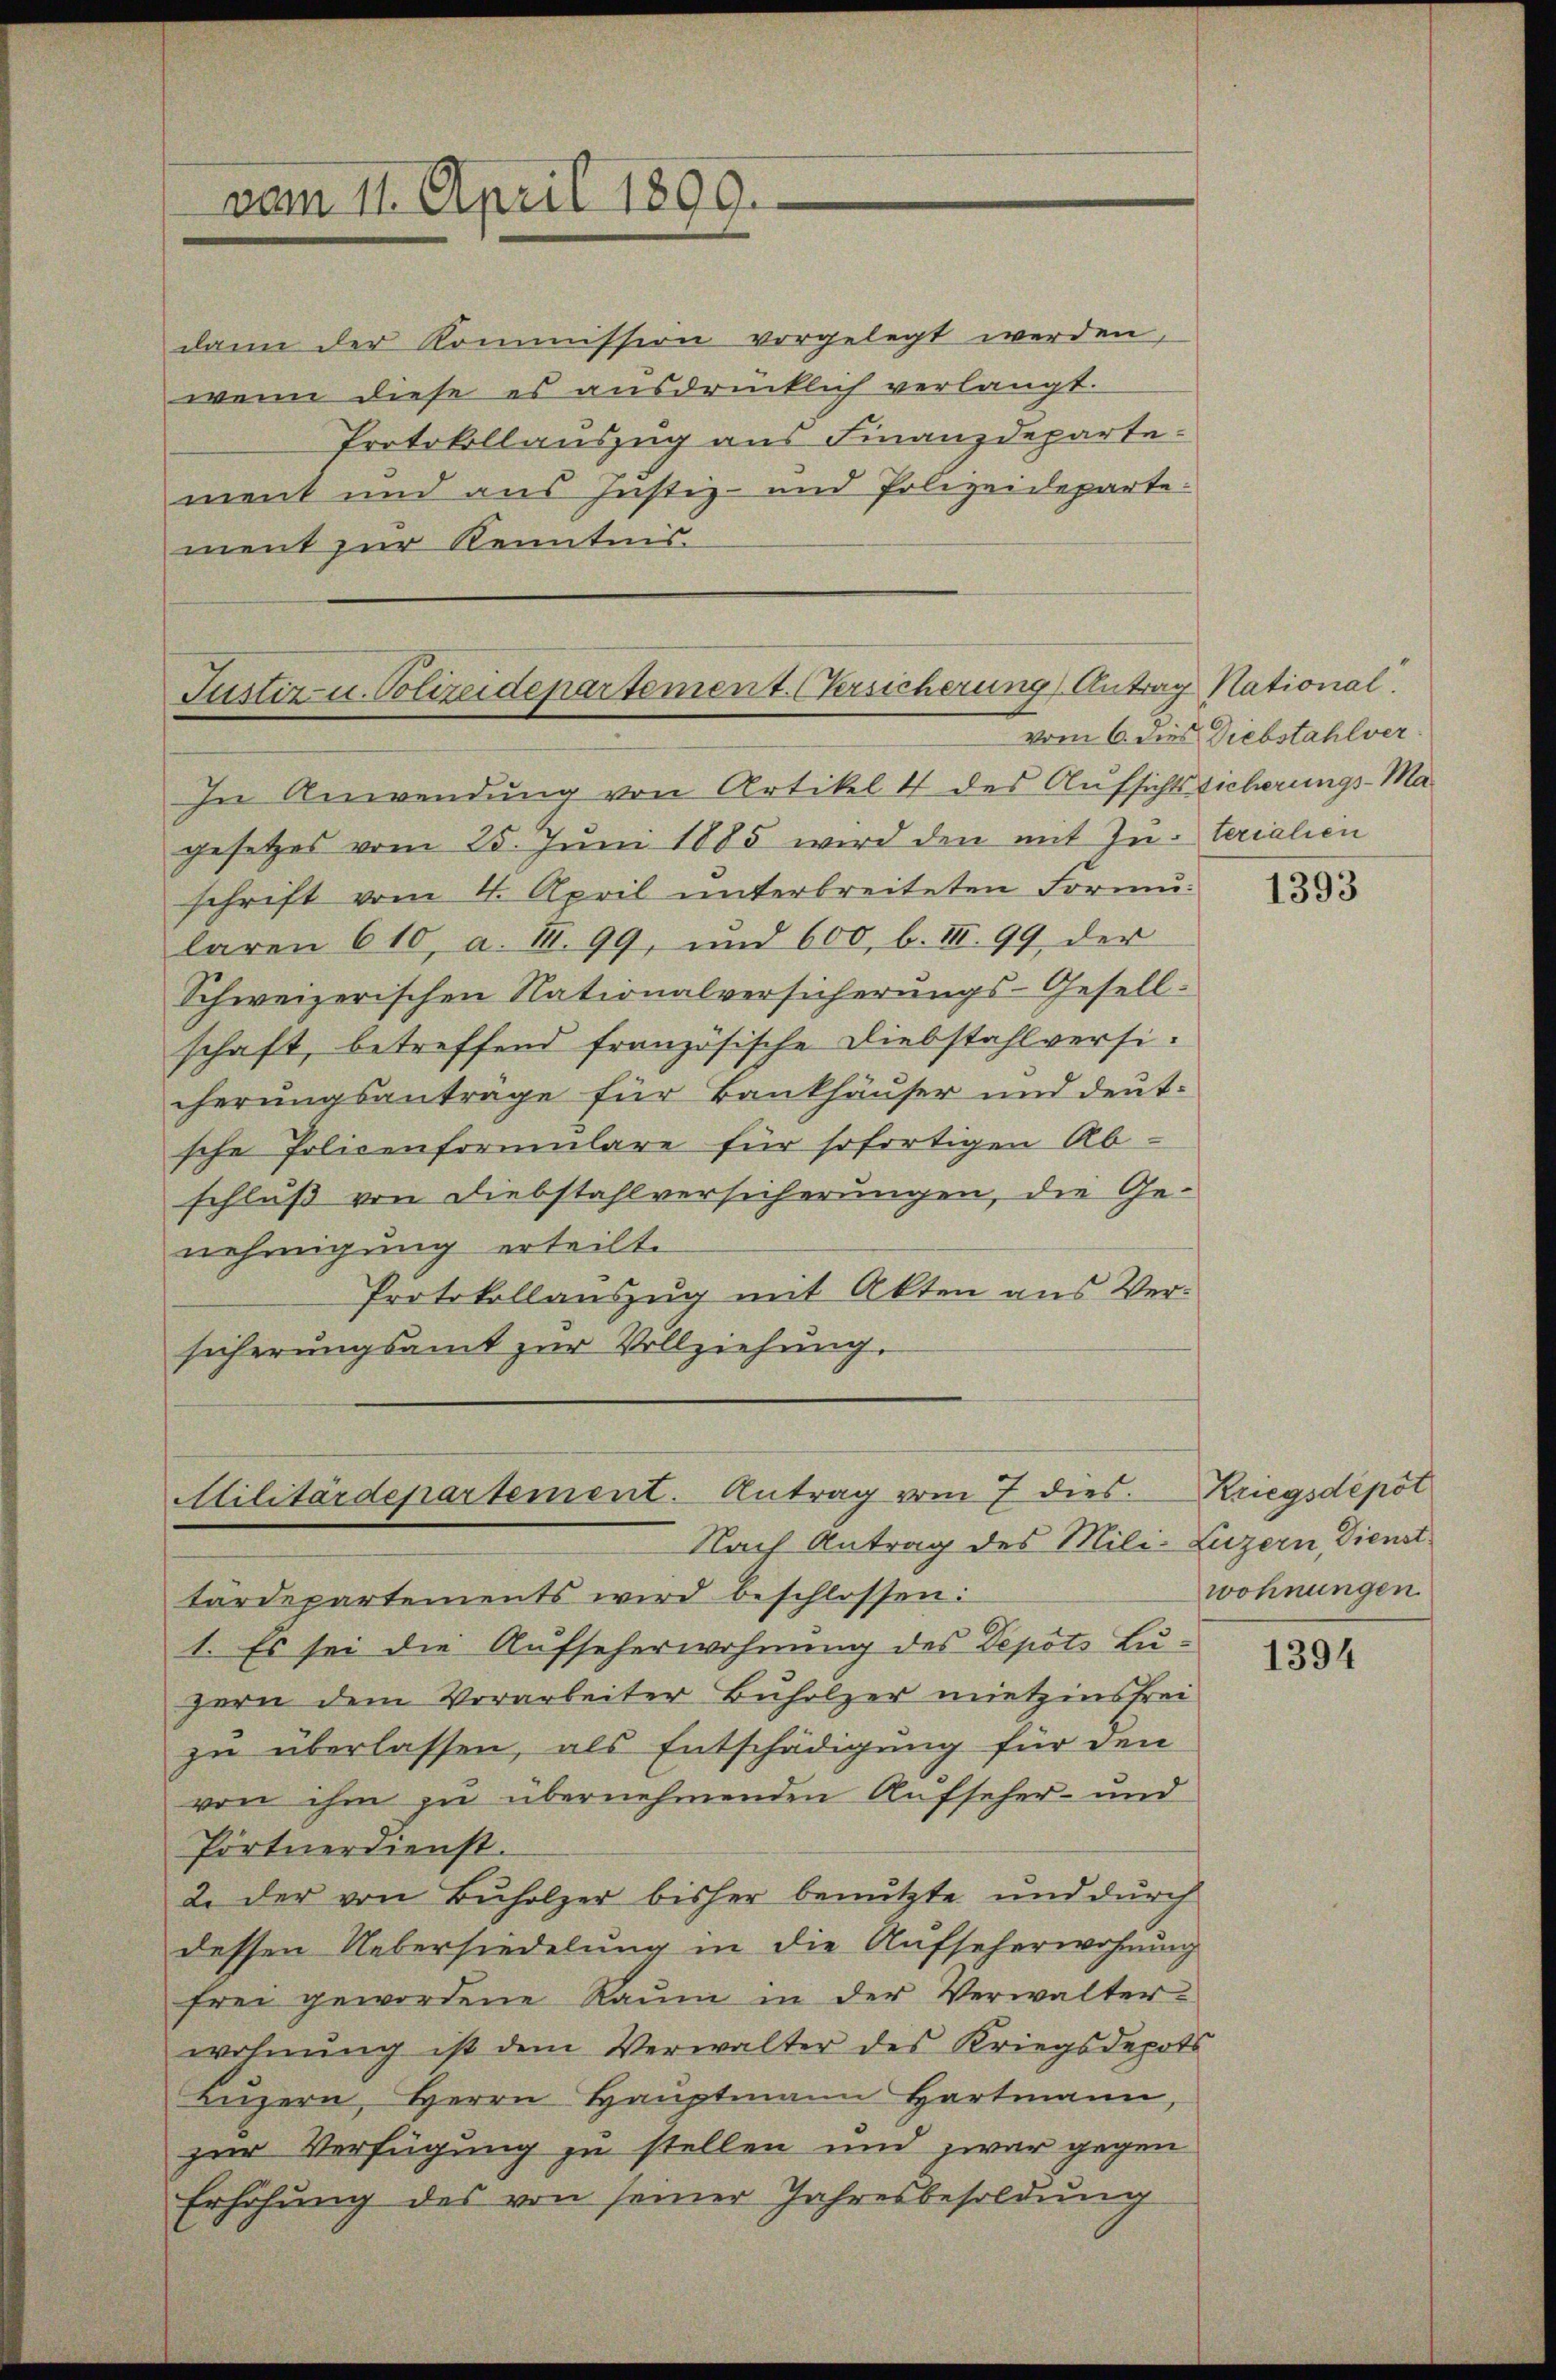
vom 11. April 1899.

dann der Kommission vorgelegt werden,
wenn diese es ausdrücklich verlangt.
Protokollauszug aus Finanzdepartement und aus Justiz- und Polizeideparte:
ment zur Kenntnis.

Justiz- u. Polizeidepartement. (Versicherung Antrag National.
In Anwendung von Artikel 4 des Aufsichtssicherungs-Ma-

gesetzes vom 25. Juni 1885 wird den mit Zu- terialien
schrift vom 4. April unterbreiteten Formularen 610, a. III. 99, und 600, b. III. 99 der
Schweizerischen Nationalversicherŭngs-Gesell-
schaft, betreffend französische Diebstahlversicherungsantrage für Bankhäuser und deutsche Policenformulare für sofortigen Ab
schluß von Diebstahlversicherungen, die Genehmigung erteilte
Protokollauszug mit Akten aus Versicherungsamt zur Vollziehung.

Militärdepartement. Antrag vom 7 dies.

Nach Antrag des Mili-Luzern, Dienst
tärdepartements wird beschlossen:
1. Es sei die Aufseherwehnung des Depots Luzern dem Vorarbeiter Buholzer mietzinsfrei
zu überlassen, als Entschädigung für den
von ihm zu übernehmenden Aufseher- und
Pörtnerdienst.
2. der von Buholzer bisher benutzte und durch
dessen Uebersiedelung in die Aufseherwohnung
frei gewordene Raum in der Verwalterwohnŭng ist dem Verwalter des Kriegsdepots
Lŭzern, Herrn Hauptmann Hartmann,
zur Verfügung zu stellen und zwar gegen
Erhöhung des von seiner Jahresbesoldung

vom 6. dies Diebstahlver

1393

Kriegsdepot
wohnungen.

1394